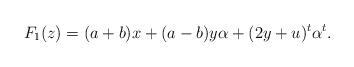
LaTeX: \begin{align*} F_1(z)=(a+b)x+(a-b)y\alpha+(2y+u)^t\alpha^t. \end{align*}